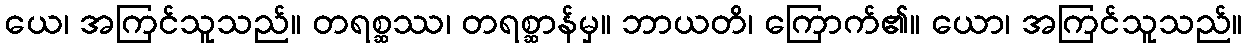
ယေ၊ အကြင်သူသည်။ တရစ္ဆဿ၊ တရစ္ဆာန်မှ။ ဘာယတိ၊ ကြောက်၏။ ယော၊ အကြင်သူသည်။